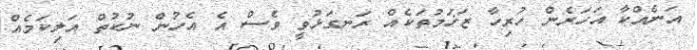
އަނެއްކާ އަހަރެން ހުރިހާ ޒަޚަމުތަކެއް ރަނގަޅުވީ ވެސް އެ އެހުން ނުކުތް އަލިކަމެއް